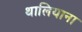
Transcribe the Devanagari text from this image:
थालियाना